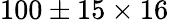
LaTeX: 100\pm 15\times 16